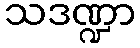
သဒဏ္ဍာ